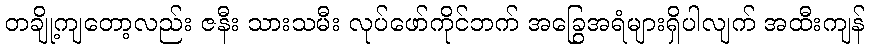
တချို့ကျတော့လည်း ဇနီး သားသမီး လုပ်ဖော်ကိုင်ဘက် အခြွေအရံများရှိပါလျက် အထီးကျန်